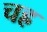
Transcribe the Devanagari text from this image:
चह्र